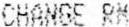
CHANGE RM